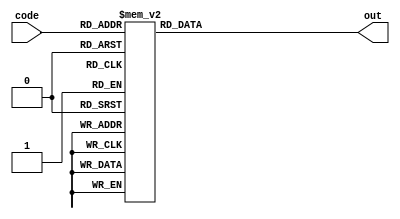
module sevenSegmentCommonCathode (
    input wire [3:0] code,
    output wire [6:0] out
);
    function [6:0] sevenSegDecodeCommonCathode(input [3:0] code);
        case (code)
            //                                  GFEDCBA
            'h0: sevenSegDecodeCommonCathode = 7'b0111111;
            'h1: sevenSegDecodeCommonCathode = 7'b0000110;
            'h2: sevenSegDecodeCommonCathode = 7'b1011011;
            'h3: sevenSegDecodeCommonCathode = 7'b1001111;
            'h4: sevenSegDecodeCommonCathode = 7'b1100110;
            'h5: sevenSegDecodeCommonCathode = 7'b1101101;
            'h6: sevenSegDecodeCommonCathode = 7'b1111101;
            'h7: sevenSegDecodeCommonCathode = 7'b0000111;
            'h8: sevenSegDecodeCommonCathode = 7'b1111111;
            'h9: sevenSegDecodeCommonCathode = 7'b0010000;
            'hA: sevenSegDecodeCommonCathode = 7'b1110111;
            'hB: sevenSegDecodeCommonCathode = 7'b1111100;
            'hC: sevenSegDecodeCommonCathode = 7'b0111001;
            'hD: sevenSegDecodeCommonCathode = 7'b1011110;
            'hE: sevenSegDecodeCommonCathode = 7'b1111001;
            'hF: sevenSegDecodeCommonCathode = 7'b1110001;
            default: sevenSegDecodeCommonCathode = 7'b0000000;
        endcase
    endfunction

    assign out = sevenSegDecodeCommonCathode(code);
endmodule
module sevenSegmentMultiplexedCommonCathode
#(parameter SEL_BITS = 1, COUNTER_BITS = 24)
(
    input wire clk,
    input wire [(4 << SEL_BITS) - 1:0] code,
    input wire [(1 << SEL_BITS) - 1:0] points,
    output wire [7:0] segments,
    output reg [SEL_BITS - 1:0] sel = 0
);
    reg [COUNTER_BITS - 1:0] counter = 0;
    wire [3:0] o_code;

    mux #(.SEL_BITS(SEL_BITS)) m(.code(code), .sel(sel), .out(o_code));
    sevenSegmentCommonCathode s(.code(o_code), .out(segments[6:0]));

    assign segments[7] = ~points[sel];

    always @(posedge clk) begin
        if (counter == 0) begin
            sel = sel + 1;
        end
        counter = counter + 1;
    end
endmodule